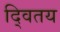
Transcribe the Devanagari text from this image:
द्वितय